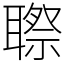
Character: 䏅